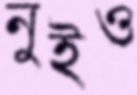
নুইও